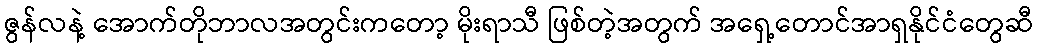
ဇွန်လနဲ့ အောက်တိုဘာလအတွင်းကတော့ မိုးရာသီ ဖြစ်တဲ့အတွက် အရှေ့တောင်အာရှနိုင်ငံတွေဆီ